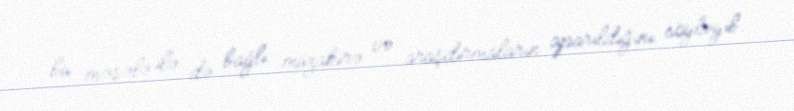
bu məsələ ilə də bağlı müzakirə və araşdırmaların aparıldığını söyləyib.